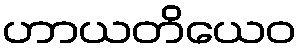
ဟာယတိယေဝ